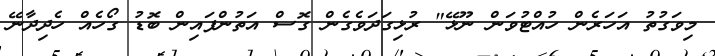
މިވަގުތު އަހަރެން ހުއްޓުވަން ނޫޅޭ" ރުޅިގަދަވެގެން ގޮސް އަތުންފައިން ބޮޑު ގޯހެއް ހެދިދާނޭ